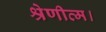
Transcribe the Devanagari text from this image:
श्रेणीव्म।